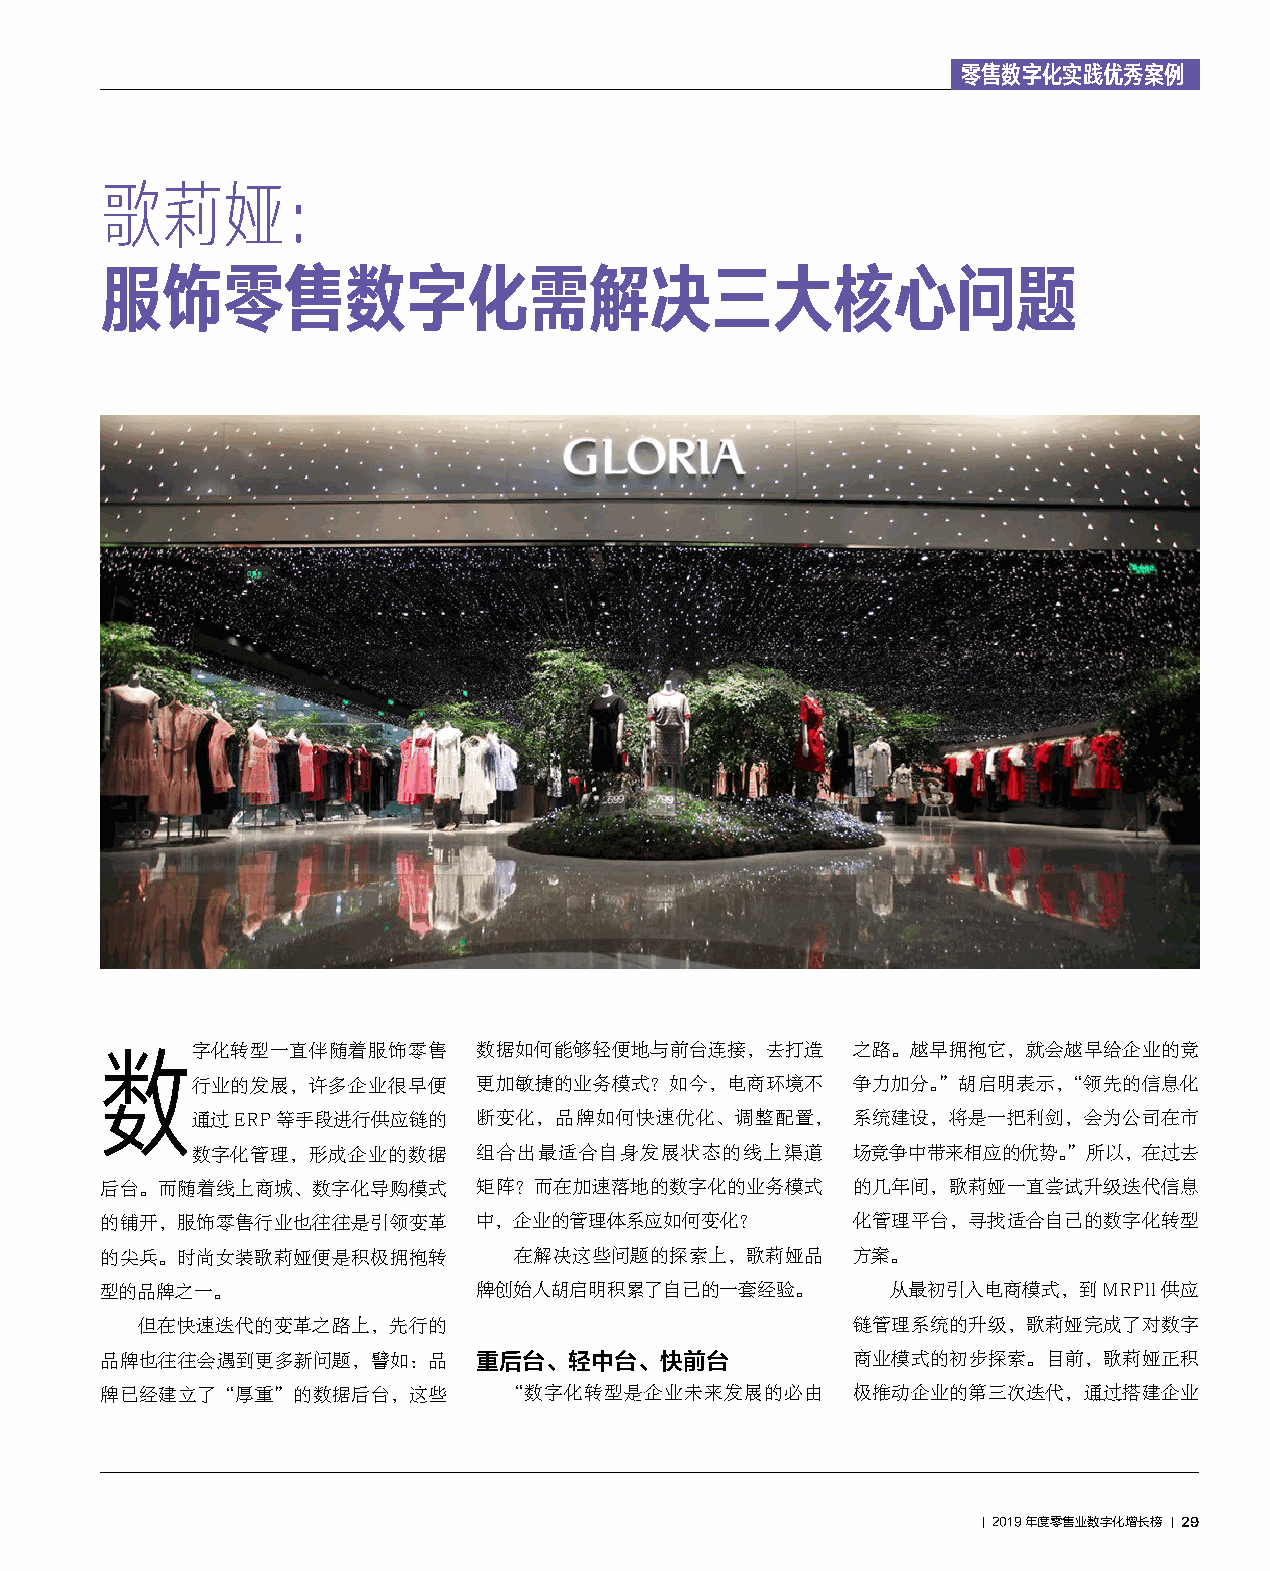
零售数字化实践优秀案例
 歌莉娅：
 服饰零售数字化需解决三大核心问题
 字化转型一直伴随着服饰零售      数据如何能够轻便地与前台连接，去打造      之路。越早拥抱它，就会越早给企业的竞
 数
 行业的发展，许多企业很早便      更加敏捷的业务模式？如今，电商环境不      争力加分。”胡启明表示，“领先的信息化
 通过ERP等手段进行供应链的     断变化，品牌如何快速优化、调整配置，      系统建设，将是一把利剑，会为公司在市
 数字化管理，形成企业的数据      组合出最适合自身发展状态的线上渠道       场竞争中带来相应的优势。”所以，在过去
 后台。而随着线上商城、数字化导购模式       矩阵？而在加速落地的数字化的业务模式      的几年间，歌莉娅一直尝试升级迭代信息
 的铺开，服饰零售行业也往往是引领变革       中，企业的管理体系应如何变化？         化管理平台，寻找适合自己的数字化转型
 的尖兵。时尚女装歌莉娅便是积极拥抱转         在解决这些问题的探索上，歌莉娅品      方案。
 型的品牌之一。                  牌创始人胡启明积累了自己的一套经验。         从最初引入电商模式，到MRPII供应
 但在快速迭代的变革之路上，先行的                               链管理系统的升级，歌莉娅完成了对数字
 品牌也往往会遇到更多新问题，譬如：品       重后台、轻中台、快前台             商业模式的初步探索。目前，歌莉娅正积
 牌已经建立了“厚重”的数据后台，这些        “数字化转型是企业未来发展的必由       极推动企业的第三次迭代，通过搭建企业
 ｜ 2019年度零售业数字化增长榜 ｜ 29